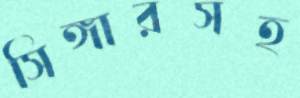
সিঙ্গারসহ